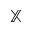
\mathbb { X }